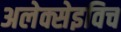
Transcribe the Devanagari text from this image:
अलेक्सेइविच